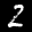
Label: 2